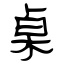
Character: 桌